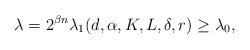
\begin{align*} \lambda = 2^{ \beta n} \lambda_1 (d, \alpha, K, L, \delta, r) \ge \lambda_0, \end{align*}